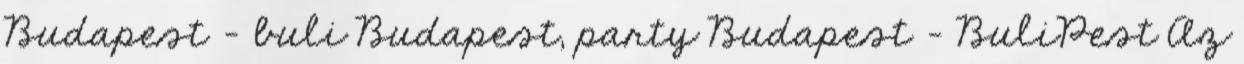
Budapest - buli Budapest, party Budapest - BuliPest Az